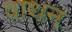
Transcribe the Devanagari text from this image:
वाथन